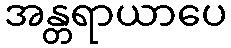
အန္တရာယာပေ